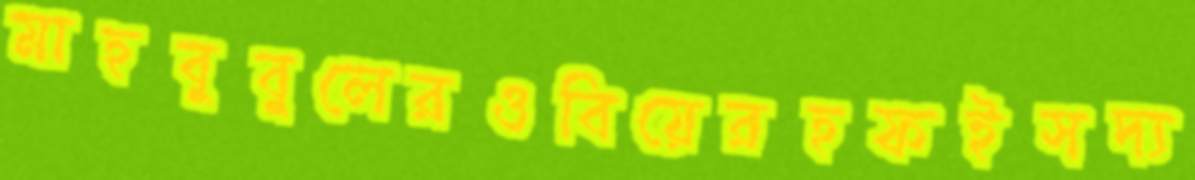
মাহবুবুলেরওবিয়েরহফইসদ্য